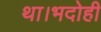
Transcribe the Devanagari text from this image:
था।भदोही